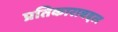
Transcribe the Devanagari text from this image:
प्रतिकाराबद्दल